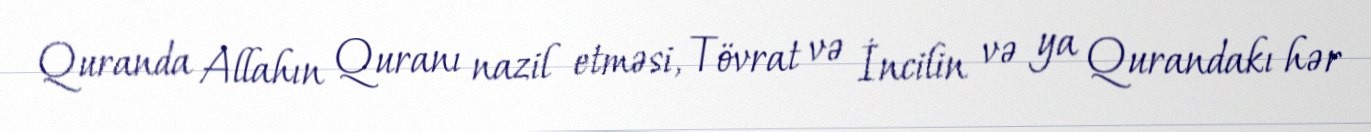
Quranda Allahın Quranı nazil etməsi, Tövrat və İncilin və ya Qurandakı hər